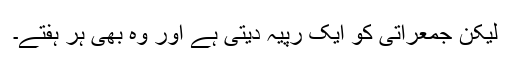
لیکن جمعراتی کو ایک رْپیہ دیتی ہے اور وہ بھی ہر ہفتے۔